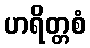
ဟရိတ္တစံ